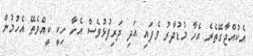
އެކުއްޖާގޭތެރެ އެހާ މުޑުދާރު ވެފައި އަދި ދަރިފުޅުވެސް އެހާ ހިކީ ކީއްވެތޭ އެހުމުން